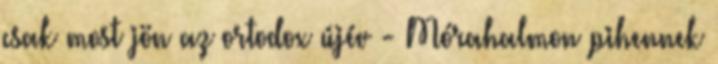
csak most jön az ortodox újév - Mórahalmon pihennek